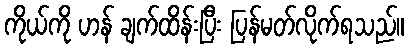
ကိုယ်ကို ဟန် ချက်ထိန်းပြီး ပြန်မတ်လိုက်ရသည်။